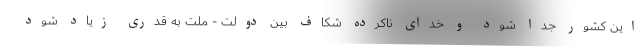
این کشور جدا شود و خدای ناکرده شکاف بین دولت - ملت به قدری زیاد شود